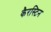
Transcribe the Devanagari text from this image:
कैरस्टिन